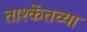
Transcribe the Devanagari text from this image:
ताश्केंतच्या